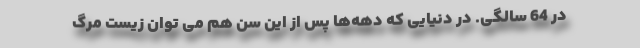
در 64 سالگی. در دنیایی که دهه‌ها پس از این سن هم می توان زیست مرگ